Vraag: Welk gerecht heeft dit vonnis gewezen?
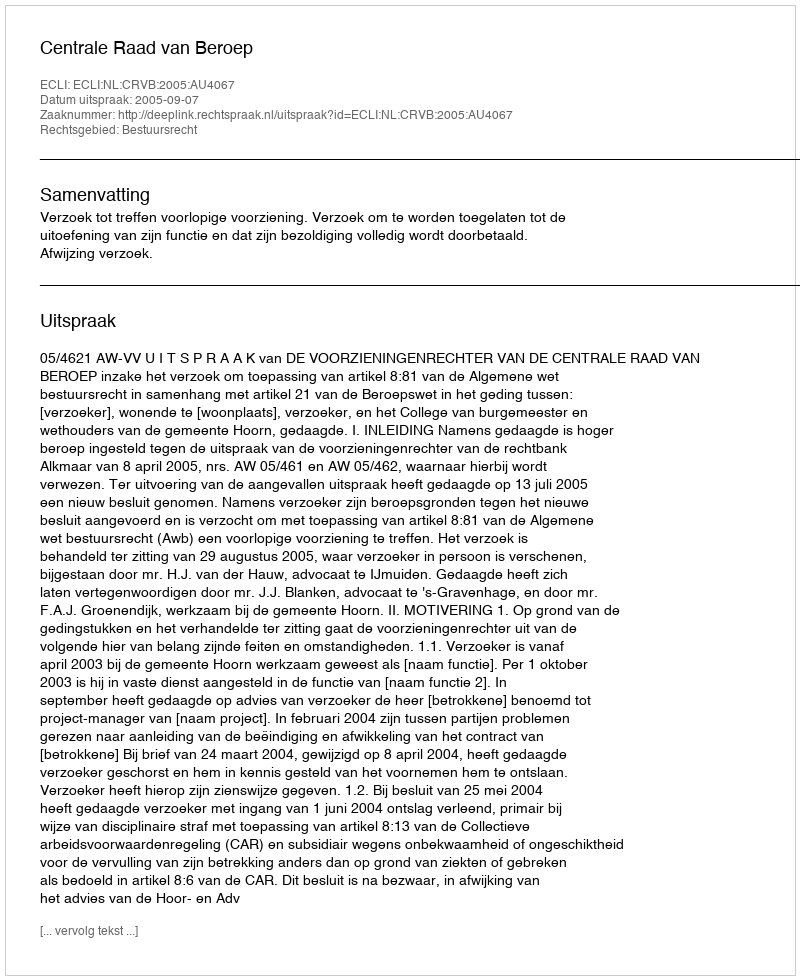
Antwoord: Centrale Raad van Beroep